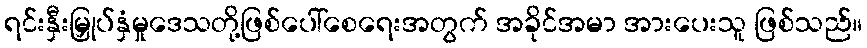
ရင်းနှီးမြှုပ်နှံမှုဒေသတို့ဖြစ်ပေါ်စေရေးအတွက် အခိုင်အမာ အားပေးသူ ဖြစ်သည်။